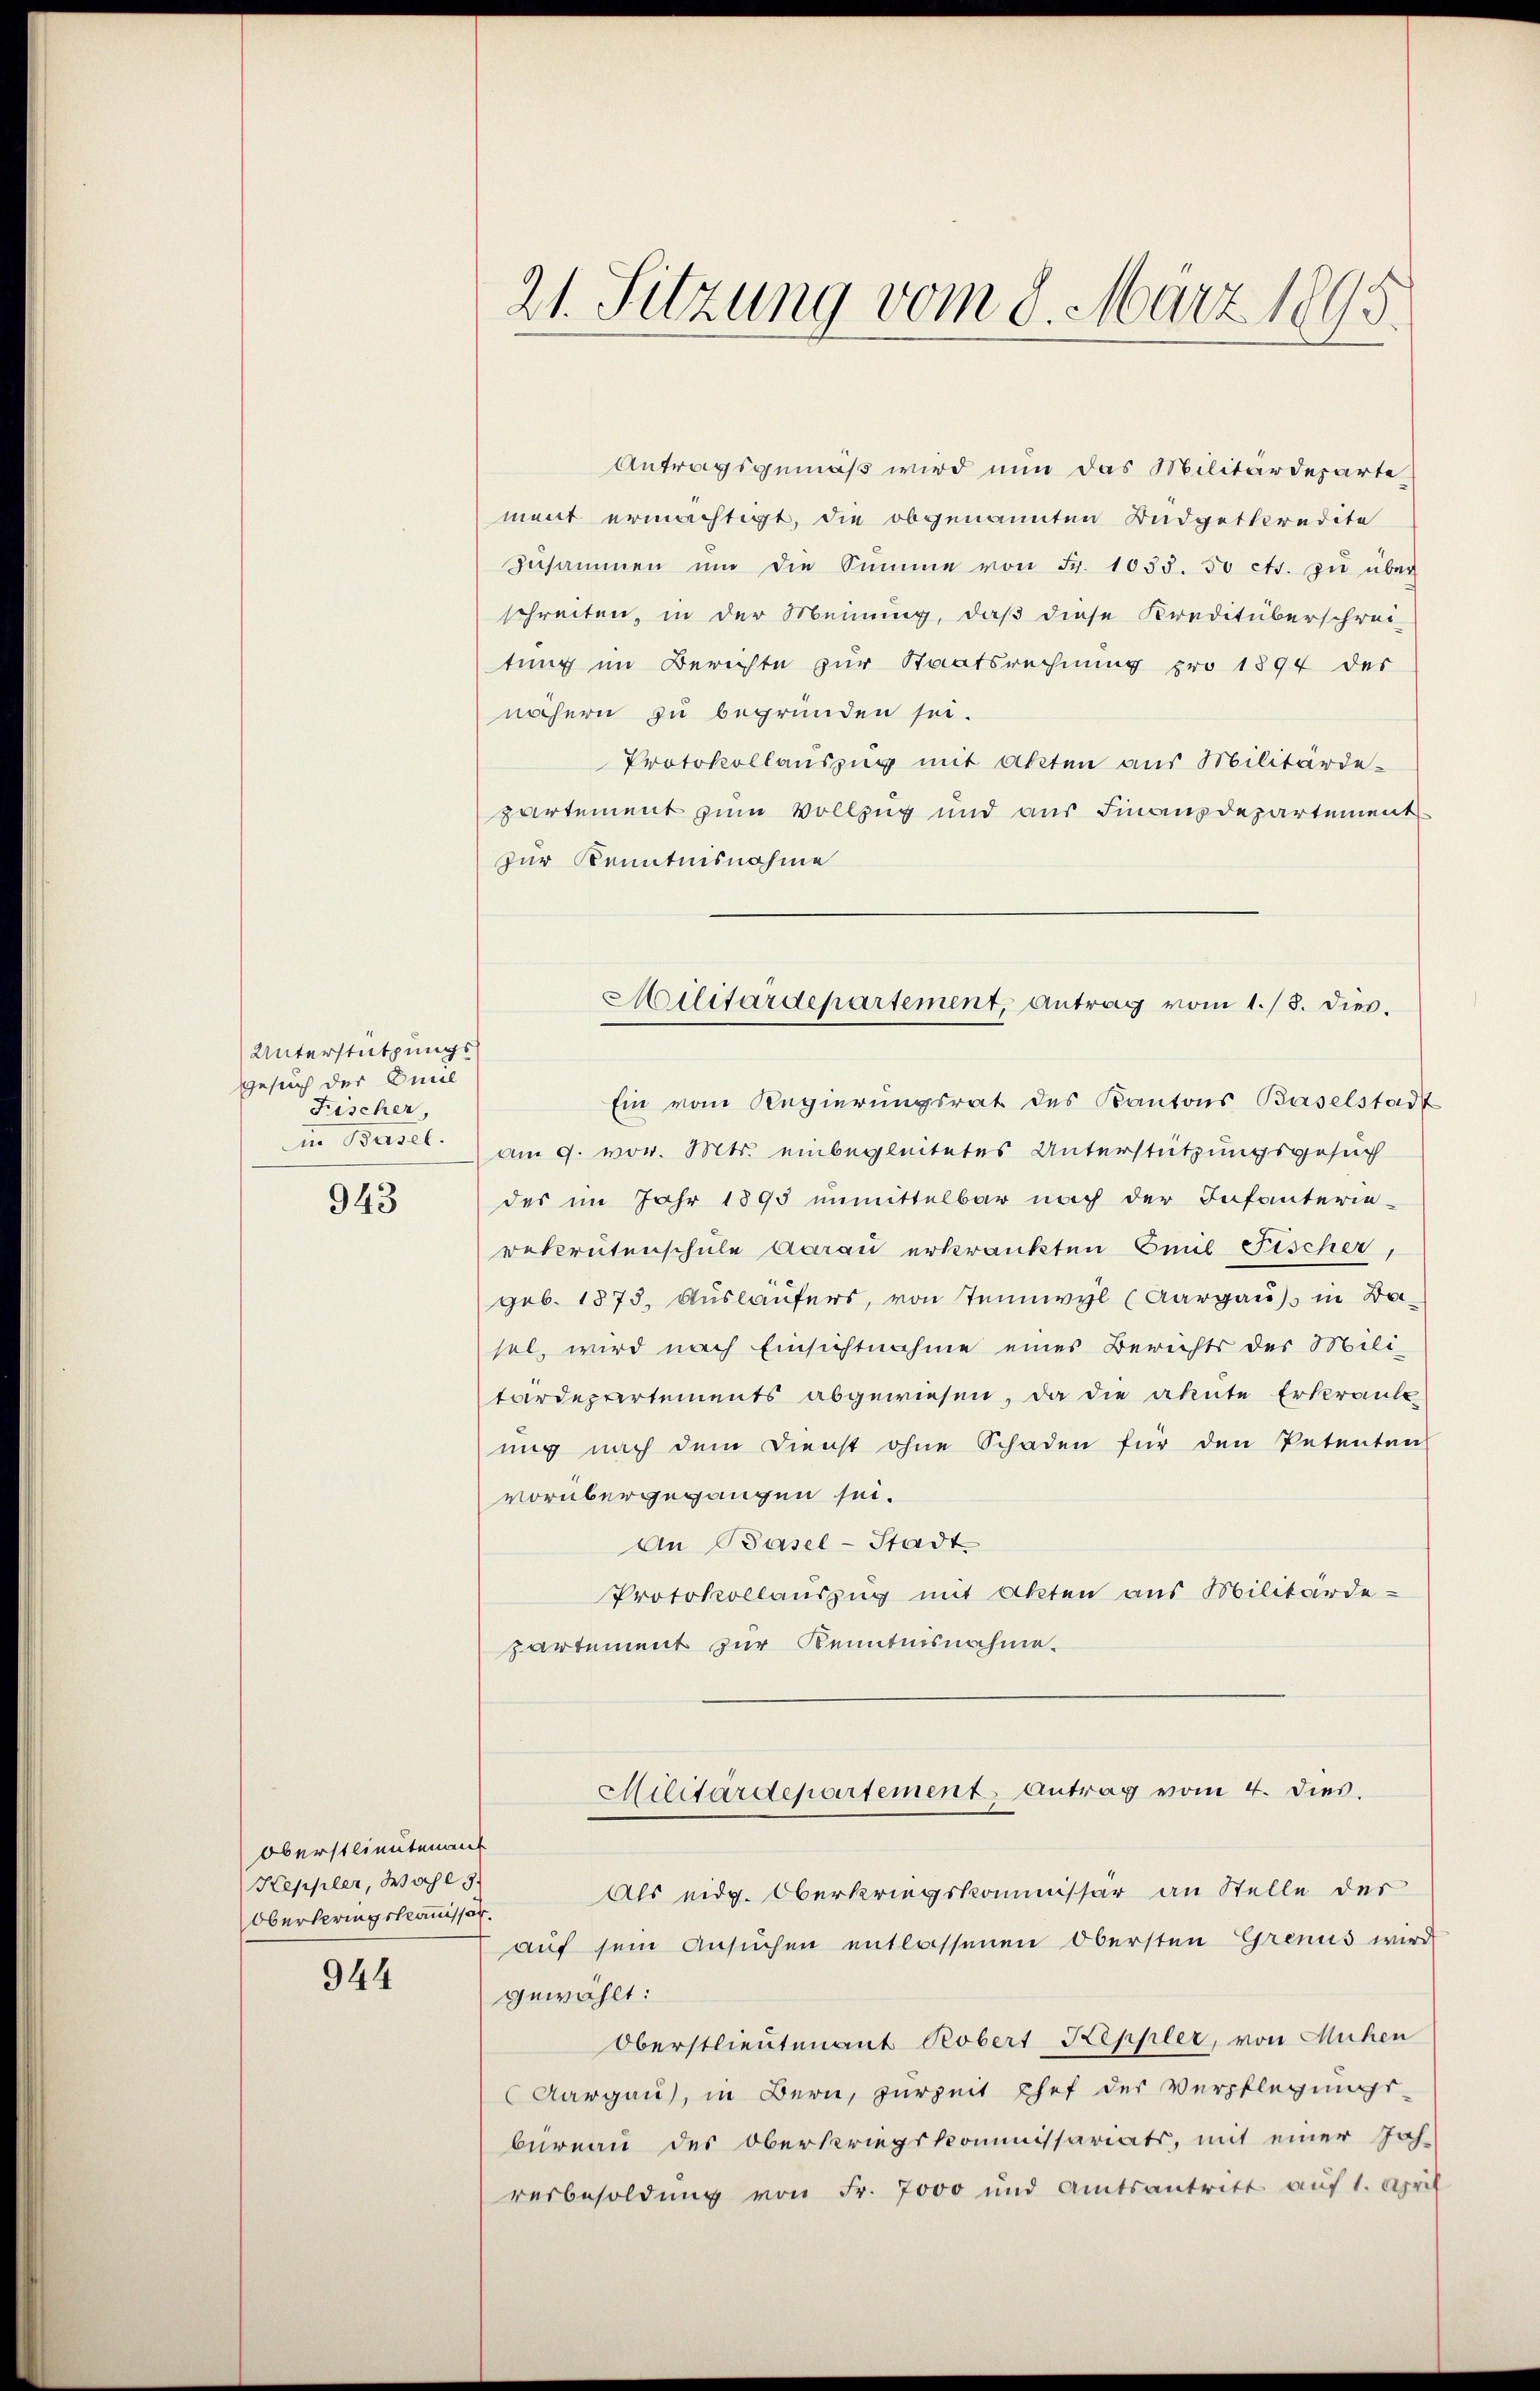
Unterstützungs¬
Gesuch der Emil
Fischer,
in Basel.

943

Oberstlieuten auf
Keppler, Wahl 9
Oberspringskommissor.

944

21. Sitzung vom 8. März 1895.

Antragsgemäß wird nun das Militärdeparte
ment ermächtigt, die obgenannten Budgetkredite
zŭsammen um die Summe von Fr. 1033. 50 cts. zŭ über
schreiten, in der Meinung, daß diese Kreditüberschrei-
tung im Berichte zur Staatsrechnung pro 1894 der
nöchern zu begründen sei.
Protokollauszug mit Akten aus Militärde-
partement zum Vollzug und aus Finanzdepartement
zur Kenntnisnahme
Ein von Regierungsrat des Kantons Baselstadt
am 9. vor. Mts. einbegleitetes Unterstützungsgesuch
des im Jahr 1895 unmittelbar nach der Infanterie-
Bekrutenschule Aarau erkränkten Emil Fischer,
geb. 1875. Ausläufers, von Teinwyl (Aargau) in Basel, wird nach Einsichtnahme eines Berichts der Militardepartements abgewiesen, da die akute Erkrank-
ung nach dem Dienst ohne Schaden für den Petenten
vorübergegangen sei.
An Basel-Stadt
Protokollauszug mit Akten aus Militärde-
partement zur Kenntnisnahme.

Militärdepartement, Antrag vom 1./8. dies¬

Militärdepartement Antrag vom 4. dies.

Als eidg. Oberkriegskommissär an Stelle der
auf sein Ansuchen entlassenen Obersten Grenus wird
gewählt:
Oberstlieutenant Robert Keppler, von Mühen
Aargau, in Bern, zurzeit Chef der Verpflegungs-
büreau des Oberkriegskommissariats, mit einer Jah-
verbesoldung von Fr. 7000 und Amtsantritt auf 1. April